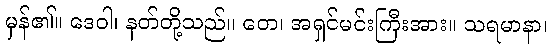
မှန်၏။ ဒေဝါ၊ နတ်တို့သည်။ တေ၊ အရှင်မင်းကြီးအား။ သရမာနာ၊